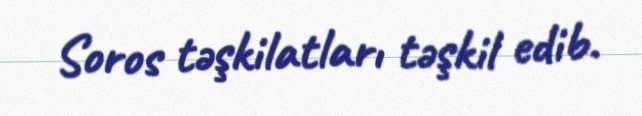
Soros təşkilatları təşkil edib.